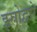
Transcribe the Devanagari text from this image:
इस्रोद्वारे